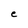
Character: C